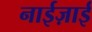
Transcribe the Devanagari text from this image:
नाईज़ाई